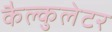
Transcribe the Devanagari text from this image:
कैल्कुलेटर